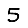
Digit: 5